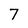
Character: 7